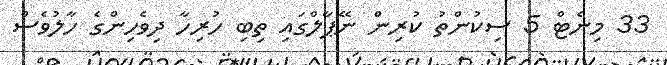
33 މިނެޓް 5 ސިކުންތު ކުރިން ނޭޕާލްގައި ތިބި ހުރިހާ ދިވެހިންގެ ހާލުވެސް